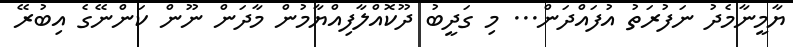
ޔާމީނާމެދު ނަފުރަތު އުފައްދަން... މި ގަދީބު ދޫކޮއްލާފިއްޔާމުން މާދަން ނޫން ކަންނޭގެ އިބުރޭ